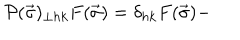
{ \cal P } ( \vec { \sigma } ) _ { \perp h k } F ( \vec { \sigma } ) = \delta _ { h k } F ( \vec { \sigma } ) -